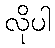
လိုပါ